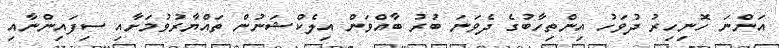
އަންނަ ހޮނިހިރު ދުވަހު އިންތިހާބުގެ ދެވަނަ ބުރު ބާއްވަން އިލެކްޝަނުން ތައްޔާރުވުމަށާއި ސިފައިންނާއި